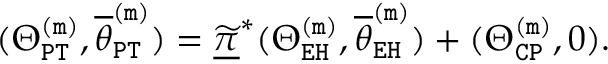
( \Theta _ { \mathtt { P T } } ^ { \mathtt { ( m ) } } , \overline { { \theta } } _ { \mathtt { P T } } ^ { \mathtt { ( m ) } } ) = \underline { { \widetilde { \pi } } } ^ { * } ( \Theta _ { \mathtt { E H } } ^ { \mathtt { ( m ) } } , \overline { { \theta } } _ { \mathtt { E H } } ^ { \mathtt { ( m ) } } ) + ( \Theta _ { \mathtt { C P } } ^ { \mathtt { ( m ) } } , 0 ) .